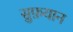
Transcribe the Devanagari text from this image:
सुफ़यान